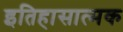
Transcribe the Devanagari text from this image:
इतिहासात्मक